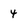
Character: 4